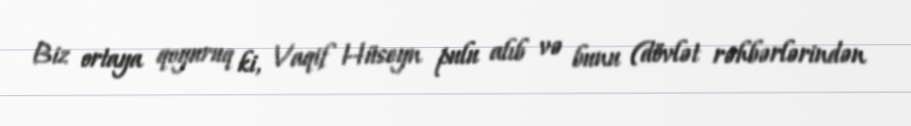
Biz ortaya qoyuruq ki, Vaqif Hüseyn pulu alıb və bunu (dövlət rəhbərlərindən